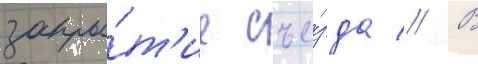
закры́т'ие съе́зда // В